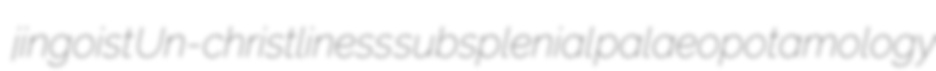
jingoist Un-christliness subsplenial palaeopotamology